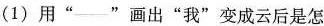
(1)用”--”画出”我”变成云后是怎